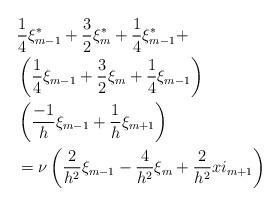
LaTeX: \begin{align*} &\frac{1}{4}\xi_{m-1}^*+\frac{3}{2}\xi_m^*+\frac{1}{4}\xi_{m-1}^*+ \\&\left(\frac{1}{4}\xi_{m-1}+\frac{3}{2}\xi_m+\frac{1}{4}\xi_{m-1}\right) \\&\left(\frac{-1}{h}\xi_{m-1}+\frac{1}{h}\xi_{m+1}\right) \\ &=\nu\left(\frac{2}{h^2}\xi_{m-1}-\frac{4}{h^2}\xi_m+\frac{2}{h^2} xi_{m+1}\right) \end{align*}